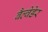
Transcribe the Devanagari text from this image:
बैल्वेडेर